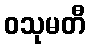
ဝသုမတီ